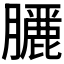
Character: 𮍇